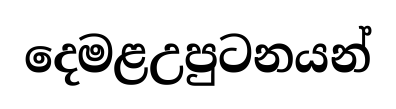
දෙමළඋපුටනයන්